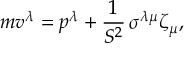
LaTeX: m v ^ { \lambda } = p ^ { \lambda } + \frac { 1 } { { \cal S } ^ { 2 } } \, \sigma ^ { \lambda \mu } \zeta _ { \mu } ,